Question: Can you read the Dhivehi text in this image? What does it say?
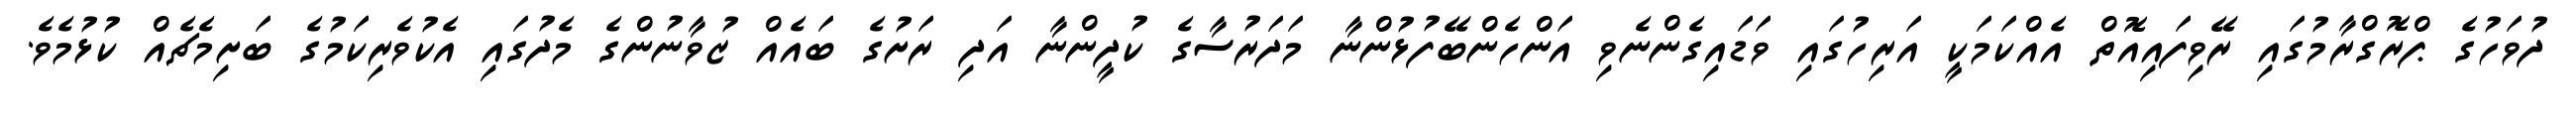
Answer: ދުވަހުގެ ޕްރޮގްރާމުގައި ރޭވިފައިއޮތް އެއްކަމަކީ އަރިހުގައި ވަޑައިގެންނެވި އަންހެންބޭފުޅުންނާ މަދަރުސާގެ ކުދީންނާ އަދި ރަށުގެ ބައެއް ޒުވާނުންގެ މެދުގައި އެކުވެރިކަމުގެ ބަށިމެޗެއް ކުޅުމެވެ.